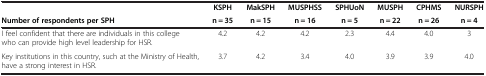
<table><thead><tr><td><b> </b></td><td><b>KSPH</b></td><td><b>MakSPH</b></td><td><b>MUSPHSS</b></td><td><b>SPHUoN</b></td><td><b>MUSPH</b></td><td><b>CPHMS</b></td><td><b>NURSPH</b></td></tr><tr><td><b>Number of respondents per SPH</b></td><td><b>n = 35</b></td><td><b>n = 15</b></td><td><b>n = 16</b></td><td><b>n = 5</b></td><td><b>n = 22</b></td><td><b>n = 26</b></td><td><b>n = 4</b></td></tr></thead><tbody><tr><td>I feel confident that there are individuals in this college who can provide high level leadership for HSR.</td><td>4.2</td><td>4.2</td><td>4.2</td><td>2.3</td><td>4.4</td><td>4.0</td><td>3</td></tr><tr><td>Key institutions in this country, such at the Ministry of Health, have a strong interest in HSR.</td><td>3.7</td><td>4.2</td><td>3.4</td><td>4.0</td><td>3.9</td><td>3.9</td><td>4.0</td></tr></tbody></table>